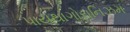
પાયથાગોરાનિઝમ